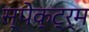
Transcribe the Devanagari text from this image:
स्पेक्ट्र्म